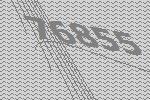
76855